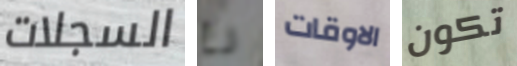
السجلات رع الاوقات تكون